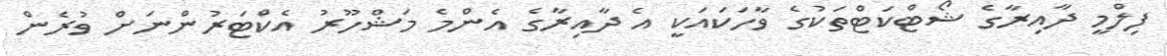
ފިލްމީ ދާއިރާގެ ޝޯޓްކަޓްތަކުގެ ވާހަކައަކީ އެ ދާއިރާގެ އެންމެ މަޝްހޫރު އެކްޓަރުންނަށް ވުރެން